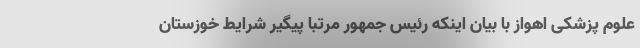
علوم پزشکی اهواز با بیان اینکه رئیس جمهور مرتبا پیگیر شرایط خوزستان